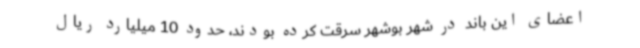
اعضای این باند در شهر بوشهر سرقت کرده بودند، حدود 10 میلیارد ریال